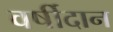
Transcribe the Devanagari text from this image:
वर्षीदान